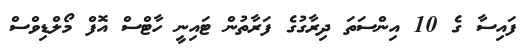
ފައިސާ ގެ 10 އިންސަތަ ދިރާގުގެ ފަރާތުން ޓައިނީ ހާޓްސް އޮފް މޯލްޑިވްސް